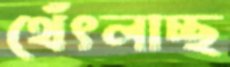
থেঁৎলাচ্ছ